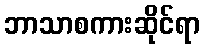
ဘာသာစကားဆိုင်ရာ